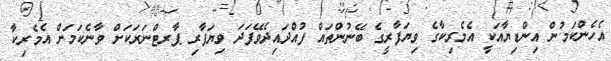
އެހެންކަމުން އިންޑިޔާއަކީ އެމެރިކާގެ ވިޔަފާރީގެ ބޭނުންތައް ފުއްދައިދެވޭފަދަ ވިޔަފާރި ޕާރޓްނަރަކަށް ވާނެކަމަށް އެމެރިކާ